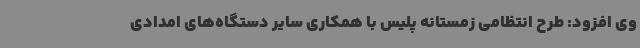
وی افزود: طرح انتظامی زمستانه پلیس با همکاری سایر دستگاه‌های امدادی